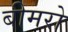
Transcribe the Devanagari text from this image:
बीमरो